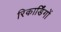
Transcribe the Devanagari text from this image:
रिकार्डिंगों